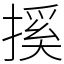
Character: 㨙